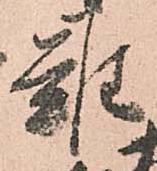
難